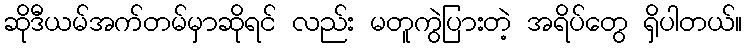
ဆိုဒီယမ်အက်တမ်မှာဆိုရင် လည်း မတူကွဲပြားတဲ့ အရိပ်တွေ ရှိပါတယ်။